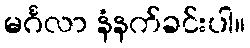
မင်္ဂလာ နံနက်ခင်းပါ။